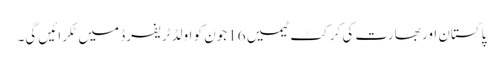
پاکستان اور بھارت کی کرکٹ ٹیمیں 16جون کو اولڈ ٹریفرڈ میں ٹکرائیں گی۔